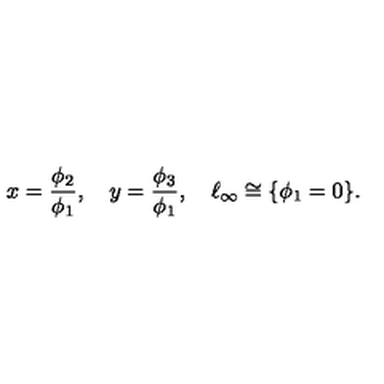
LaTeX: x = { \frac { \phi _ { 2 } } { \phi _ { 1 } } } , \quad y = { \frac { \phi _ { 3 } } { \phi _ { 1 } } } , \quad \ell _ { \infty } \cong \{ \phi _ { 1 } = 0 \} .